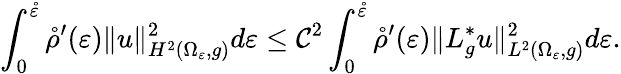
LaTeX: \int_{0}^{\mathring\varepsilon}\mathring\rho^{\prime}(\varepsilon)\| u\| _{H^{2}(\Omega_{\varepsilon},g)}^{2}d\varepsilon\leq\mathcal{C}^{2}\int_{0}^{\mathring\varepsilon}\mathring\rho^{\prime}(\varepsilon)\| L_{g}^{*}u\| _{L^{2}(\Omega_{\varepsilon},g)}^{2}d\varepsilon.